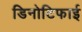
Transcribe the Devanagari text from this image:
डिनोटिफाई